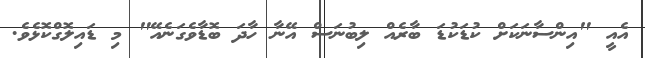
އެއީ "އިންސާނަކަށް ކުޑަކުޑަ ބާރެއް ލިބުނަސް އޭނާ ހާދަ ބޮޑާވެގަނެއޭ" މި ޑައިލޮގްކޮޅެވެ.